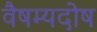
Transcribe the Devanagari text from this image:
वैषम्यदोष